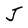
Character: J